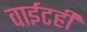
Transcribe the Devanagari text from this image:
वाईटही